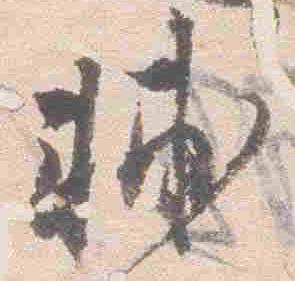
輔